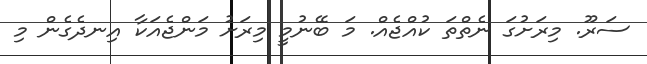
ސަރޫ. މިރަށުގަ ނެތްތަ ކުއްޖެއް. މަ ބޭނުމީ މިރަށު މަންޖެއަކާ އިނދެގެން މި